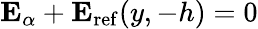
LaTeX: \mathbf{E}_{\alpha}+\mathbf{E}_{\mathrm{ref}}(y,-h)=0